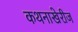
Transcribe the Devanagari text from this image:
कथनाखेरीज